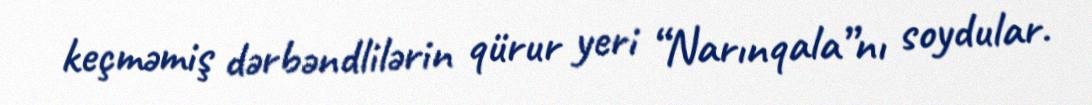
keçməmiş dərbəndlilərin qürur yeri “Narınqala”nı soydular.